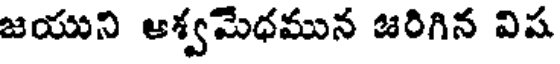
జయుని ఆశ్వమేధమున జరిగిన విష